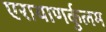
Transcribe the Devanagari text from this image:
एरायाणर्कुलम